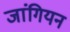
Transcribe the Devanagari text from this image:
जांगियन